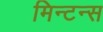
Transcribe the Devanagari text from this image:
मिन्टन्स